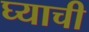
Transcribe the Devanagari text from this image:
घ्याची